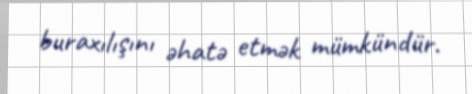
buraxılışını əhatə etmək mümkündür.